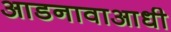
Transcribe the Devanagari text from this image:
आडनावाआधी